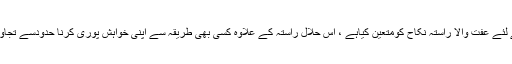
شریعت نے جنسی خواہش کی تسکین کے لئے عفت والا راستہ نکاح کومتعین کیاہے ، اس حلال راستہ کے علاوہ کسی بھی طریقہ سے اپنی خواہش پوری کرنا حدودسے تجاوز کرنے کی بنا پر ناجائز اور حرام ہے ۔